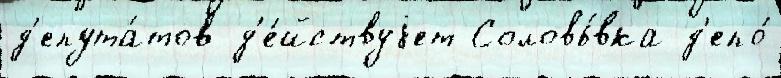
д'епута́тов д'е́йствуjет Соловь́вка д'епо́